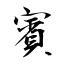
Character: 賓